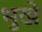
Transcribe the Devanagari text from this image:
भुखे